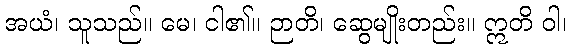
အယံ၊ သူသည်။ မေ၊ ငါ၏။ ဉာတိ၊ ဆွေမျိုးတည်း။ ဣတိ ဝါ၊